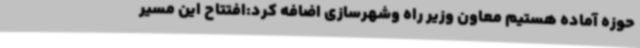
حوزه آماده هستیم معاون وزیر راه وشهرسازی اضافه کرد:افتتاح این مسیر